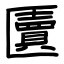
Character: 匵